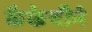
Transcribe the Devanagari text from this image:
कैकेयीने